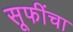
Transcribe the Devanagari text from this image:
सूफींचा